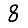
Digit: 8